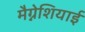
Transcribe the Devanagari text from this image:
मैग्नेशियाई